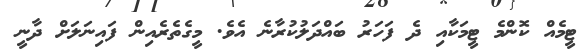
ޓީމެއް ކޮންމެ ޓީމަކާއި ދެ ފަހަރު ބައްދަލުކުރާނެ އެވެ. މީގެތެރެއިން ފައިނަލަށް ދާނީ